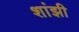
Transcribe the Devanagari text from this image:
शांझी